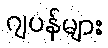
ဂျပန်များ